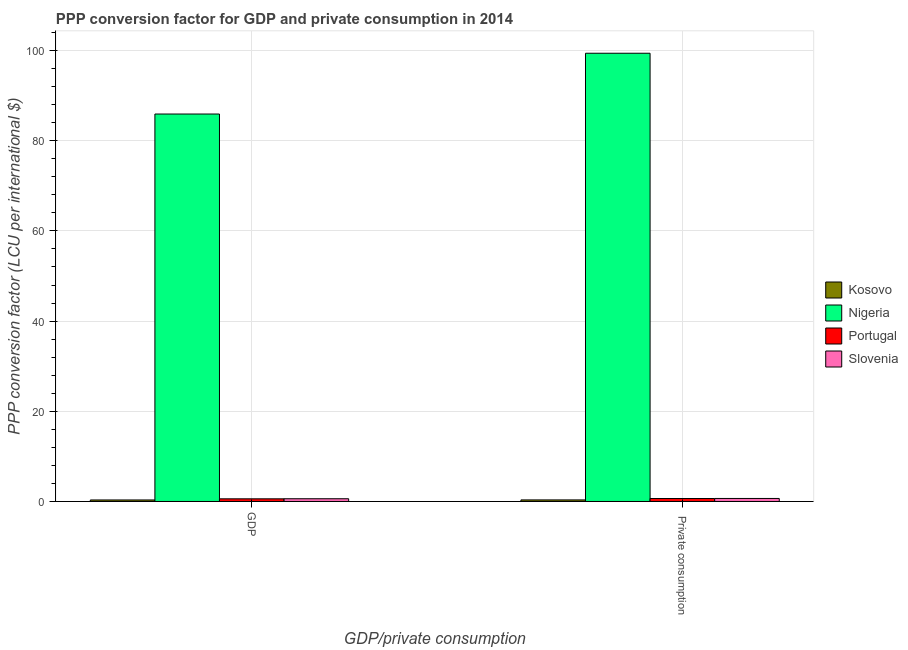
| GDP/private consumption | Kosovo | Nigeria | Portugal | Slovenia |
 | --- | --- | --- | --- | --- |
 | GDP | 0.335 | 85.9 | 0.588 | 0.604 |
 |  Private consumption | 0.346 | 99.4 | 0.657 | 0.669 |